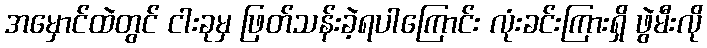
အမှောင်ထဲတွင် ငါးခုမှ ဖြတ်သန်းခဲ့ရပါကြောင်း လုံးခင်းကြားရှိ ဖွဲမီးလို